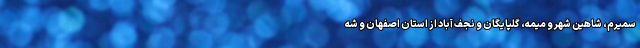
سمیرم، شاهین شهر و میمه، گلپایگان و نجف آباد از استان اصفهان و شه